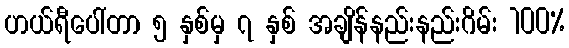
ဟယ်ရီပေါ်တာ ၅ နှစ်မှ ၇ နှစ် အချိန်နည်းနည်းဂိမ်း 100%